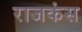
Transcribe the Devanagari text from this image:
राजकंस